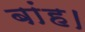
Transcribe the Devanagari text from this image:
बांह।